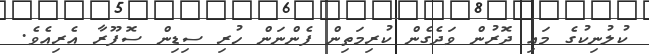
ކުލުނިކުގެ މައި ދޮރުން ވަދެގެން ކުރިމަތިން ފެންނަން ހުރި ސިޑިން ސޮފޫރާ އެރިއެވެ.